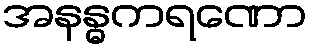
အနန္ဓကရဏော